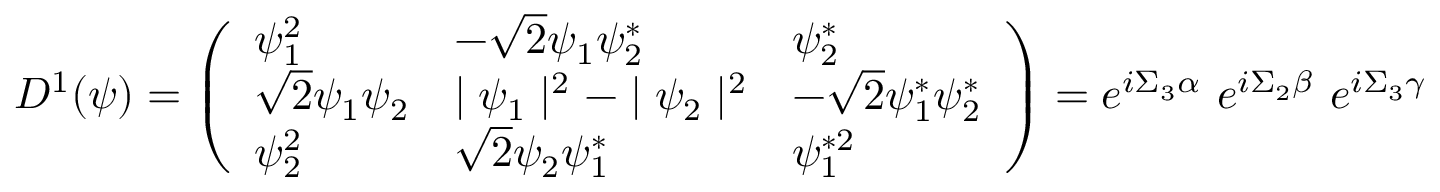
D ^ { 1 } ( \psi ) = \left( \begin{array} { l l l } { { \psi _ { 1 } ^ { 2 } } } & { { - \sqrt { 2 } \psi _ { 1 } \psi _ { 2 } ^ { * } } } & { { \psi _ { 2 } ^ { * } } } \\ { { \sqrt { 2 } \psi _ { 1 } \psi _ { 2 } } } & { { \mid \psi _ { 1 } \mid ^ { 2 } - \mid \psi _ { 2 } \mid ^ { 2 } } } & { { - \sqrt { 2 } \psi _ { 1 } ^ { * } \psi _ { 2 } ^ { * } } } \\ { { \psi _ { 2 } ^ { 2 } } } & { { \sqrt { 2 } \psi _ { 2 } \psi _ { 1 } ^ { * } } } & { { \psi _ { 1 } ^ { * 2 } } } \end{array} \right) = e ^ { i \Sigma _ { 3 } \alpha } ~ e ^ { i \Sigma _ { 2 } \beta } ~ e ^ { i \Sigma _ { 3 } \gamma }